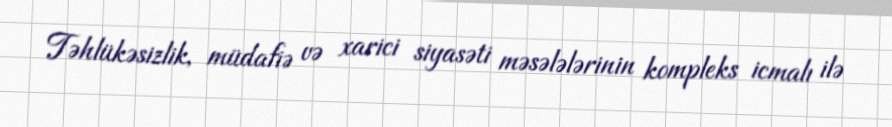
Təhlükəsizlik, müdafiə və xarici siyasəti məsələlərinin kompleks icmalı ilə